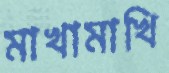
মাখামাখি